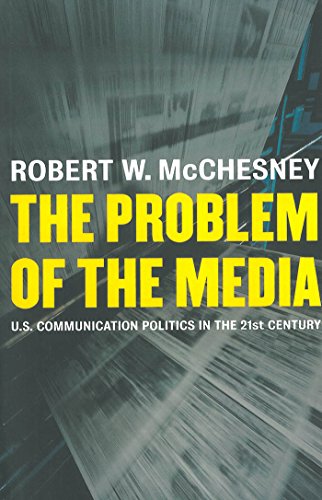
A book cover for The Problem of the Media: U.S. Communication Politics in the Twenty-First Century; Robert W. McChesney; Law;